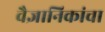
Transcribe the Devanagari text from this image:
वैज्ञानिकांचा